Annual report on the Civil Veterinary Department, Burma (including the Insein Veterinary School) - 1923-1931
Year: 1923
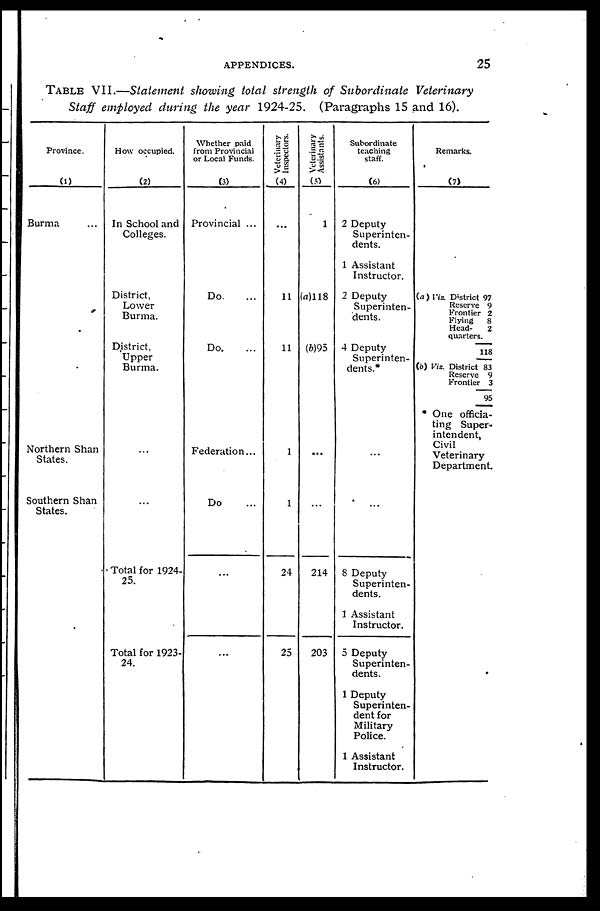
APPENDICES.
25
TABLE VII.—Statement showing total strength of Subordinate Veterinary
Staff employed during the year 1924-25. (Paragraphs 15 and 16).
Province
(1)
Burma ...
Northern Shan
States.
Southern Shan
States.
How occupied.
(2)
In School and
Colleges.
District,
Lower
Burma.
District.
Upper
Burma.
...
...
Total for 1924-
25.
Total for 1923.
24.
Whether paid
from Provincial
or Local Funds.
0)
Provincial ...
Do ...
Do. ...
Federation...
Do ...
...
...
Veterinary
Inspectors.
(4)
...
11
11
1
1
24
25
Veterinary
Assistants.
(5)
1
(a)118
(6)95
...
...
214
203
Subordinate
teaching
staff.
(6)
2 Deputy
Superinten-
dents.
1 Assistant
Instructor.
2 Deputy
Superinten-
dents.
4 Deputy
Superinten-
dents.
...
...
8 Deputy
Superinten-
dents.
1 Assistant
Instructor.
5 Deputy
Superinten-
dents.
1 Deputy
Superinten-
dent for
Military
Police.
1 Assistant
Instructor.
Remarks.
(7)
(a) Viz. District 97
Reserve 9
Frontier 2
Flying
8
Head-
2
quarters.
118
(b) Viz. District 83
Reserve 9
Frontier 3
95
One officia-
ting Super-
intendent,
Civil
Veterinary
Department.